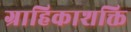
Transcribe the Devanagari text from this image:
ग्राहिकाशक्ति